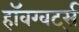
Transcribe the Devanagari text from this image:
हॉवग्वर्ट्स